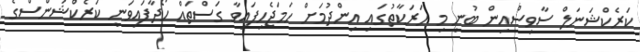
ކަރެކްޝަނަލް ސާވިސްއިން ބުނީ މި ހަރަކާތުގައި އިންދުމަށް ހަމަޖެހިފައިވާ ގަސްތައް ހޯދާފައިވަނީ ކަރެކްޝަންސްގެ